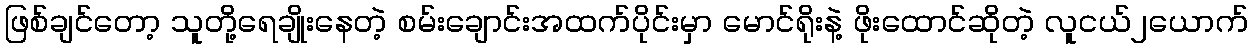
ဖြစ်ချင်တော့ သူတို့ရေချိုးနေတဲ့ စမ်းချောင်းအထက်ပိုင်းမှာ မောင်ရိုးနဲ့ ဖိုးထောင်ဆိုတဲ့ လူငယ်၂ယောက်